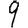
Digit: 9